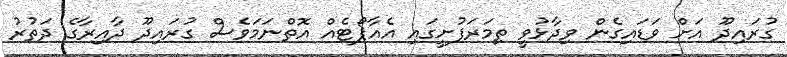
ގުރައިދޫ އަށް ވަޑައިގެން ވިދާޅުވީ ތިމަރަފުށީގައި އެއާޕޯޓެއް އޮތްނަމަވެސް ގުރައިދޫ ދާއިރާގެ ދަތުރު